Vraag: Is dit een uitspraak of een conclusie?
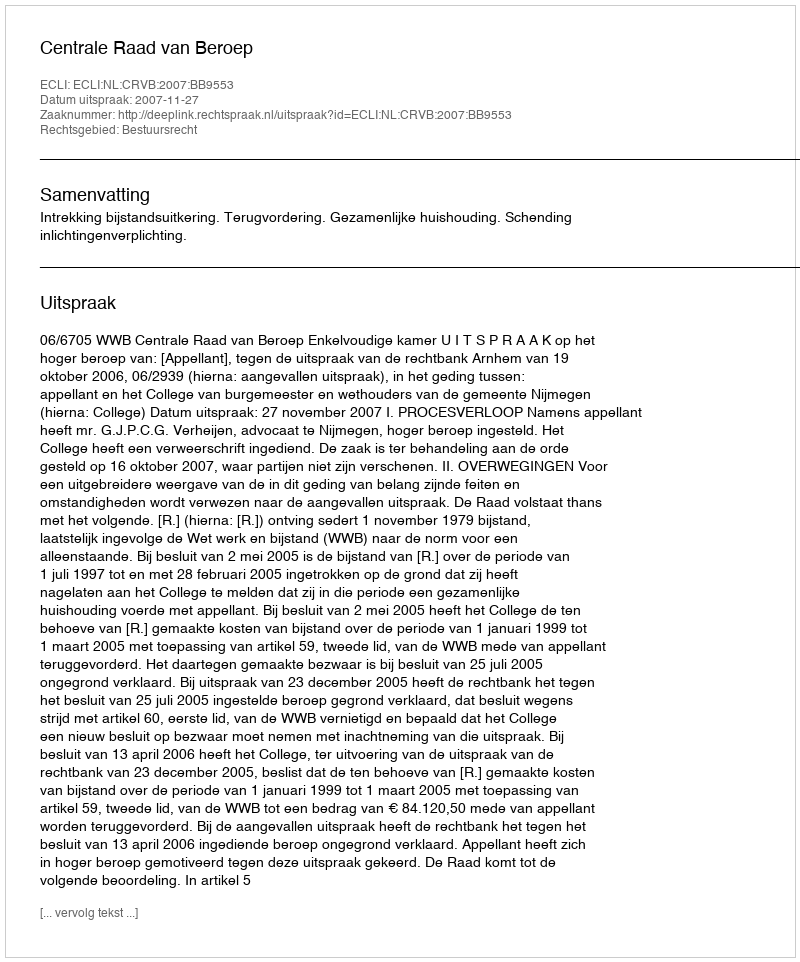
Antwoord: Uitspraak